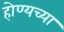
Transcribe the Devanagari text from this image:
होण्यच्या